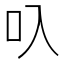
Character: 叺